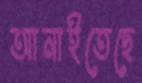
আনাইতেছে